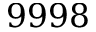
9 9 9 8